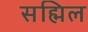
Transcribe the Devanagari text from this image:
सह्मिल